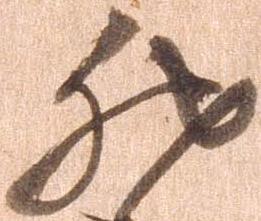
然